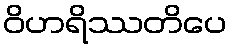
ဝိဟရိဿတိပေ